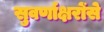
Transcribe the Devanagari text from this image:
सुवर्णाक्षरोंसे